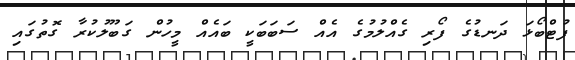
ފުޓްބޯޅަ ދަނޑުގެ ފޯރި ގެއްލުމުގެ އެއް ސަބަބަކީ ބައެއް މީހުން ގަބޫލުކުރާ ގޮތުގައި